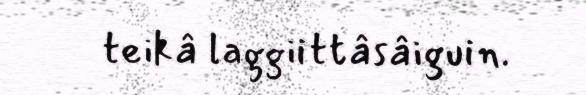
teikâ laggiittâsâiguin.